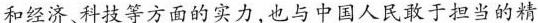
和经济、科技等方面的实力，也与中国人民敢于担当的精